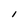
Character: I